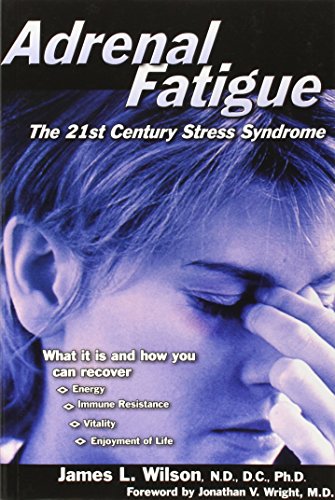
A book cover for Adrenal Fatigue: The 21st Century Stress Syndrome; James Wilson; Health, Fitness & Dieting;